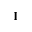
\mathbf { I }